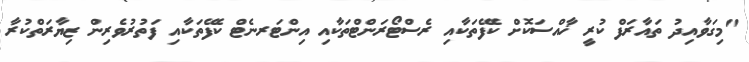
"މިގަވާއިދު ތައާރަފް ކުރީ ޚާއްސަކޮށް ކެފޭތަކާއި ރެސްޓޯރަންޓްތަކާއި އިންޓަރނެޓް ކެފޭތަކާއި ފަތުރުވެރިން ޒިޔާރަތްކުރާ